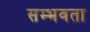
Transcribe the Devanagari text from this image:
सम्भवता